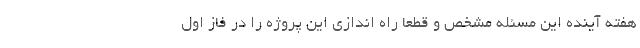
هفته آینده این مسئله مشخص و قطعا راه اندازی این پروژه را در فاز اول